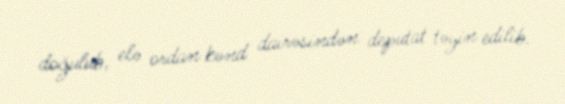
doğulub, elə ordan kənd dairəsindən deputat təyin edilib.